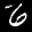
Label: 6